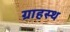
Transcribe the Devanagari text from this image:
ग्राहस्थ